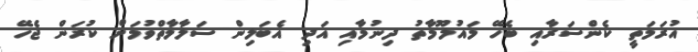
އުރަމަތީ ކެންސަރާއި ބެހޭ މައުލޫމާތު ދިނުމާއި އަދި އެބަލިން ސަލާމާތްވުމަށް ކުރަން ޖެހޭ